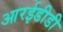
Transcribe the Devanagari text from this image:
आरईडीडी